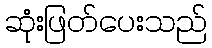
ဆုံးဖြတ်ပေးသည်